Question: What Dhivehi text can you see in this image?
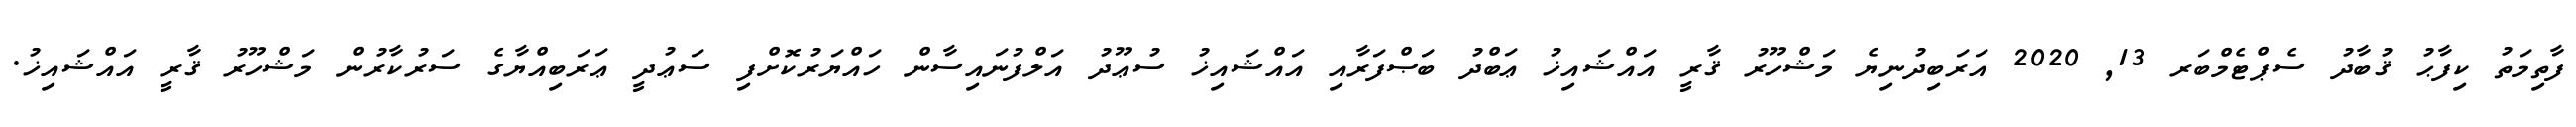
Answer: ފާތިމަތު ކިފާޙު ޤުބާދު ސެޕްޓެމްބަރ 13, 2020 އަރަބިދުނިޔެ މަޝްހޫރު ޤާރީ އައްޝައިޚު ޢަބްދު ބަޞްފަރާއި އައްޝައިޚު ސުޢޫދު އަލްފުނައިސާން ހައްޔަރުކޮށްފި ސަޢުދީ ޢަރަބިއްޔާގެ ސަރުކާރުން މަޝްހޫރު ޤާރީ އައްޝައިޚު.